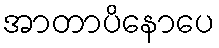
အာတာပိနောပေ